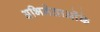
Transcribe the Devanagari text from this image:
अभिनेताओंके